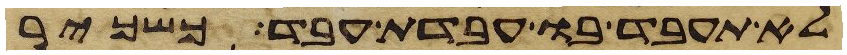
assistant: לא תעבד בו עבדת עבד כשכיר